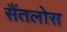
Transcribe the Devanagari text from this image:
सैंतलोस